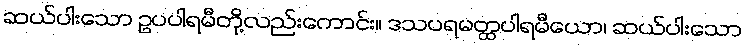
ဆယ်ပါးသော ဥပပါရမီတို့လည်းကောင်း။ ဒသပရမတ္ထပါရမီယော၊ ဆယ်ပါးသော